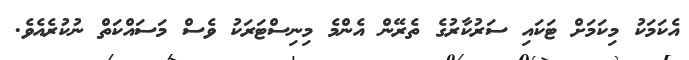
އެކަމަކު މިކަމަށް ޓަކައި ސަރުކާރުގެ ތެރޭން އެންމެ މިނިސްޓަރަކު ވެސް މަސައްކަތް ނުކުރެއެވެ.